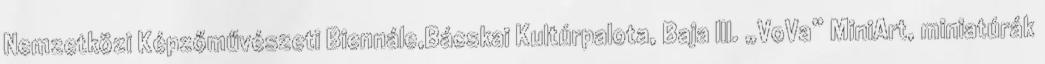
Nemzetközi Képzőművészeti Biennále,Bácskai Kultúrpalota, Baja III. „VoVa” MiniArt, miniatúrák